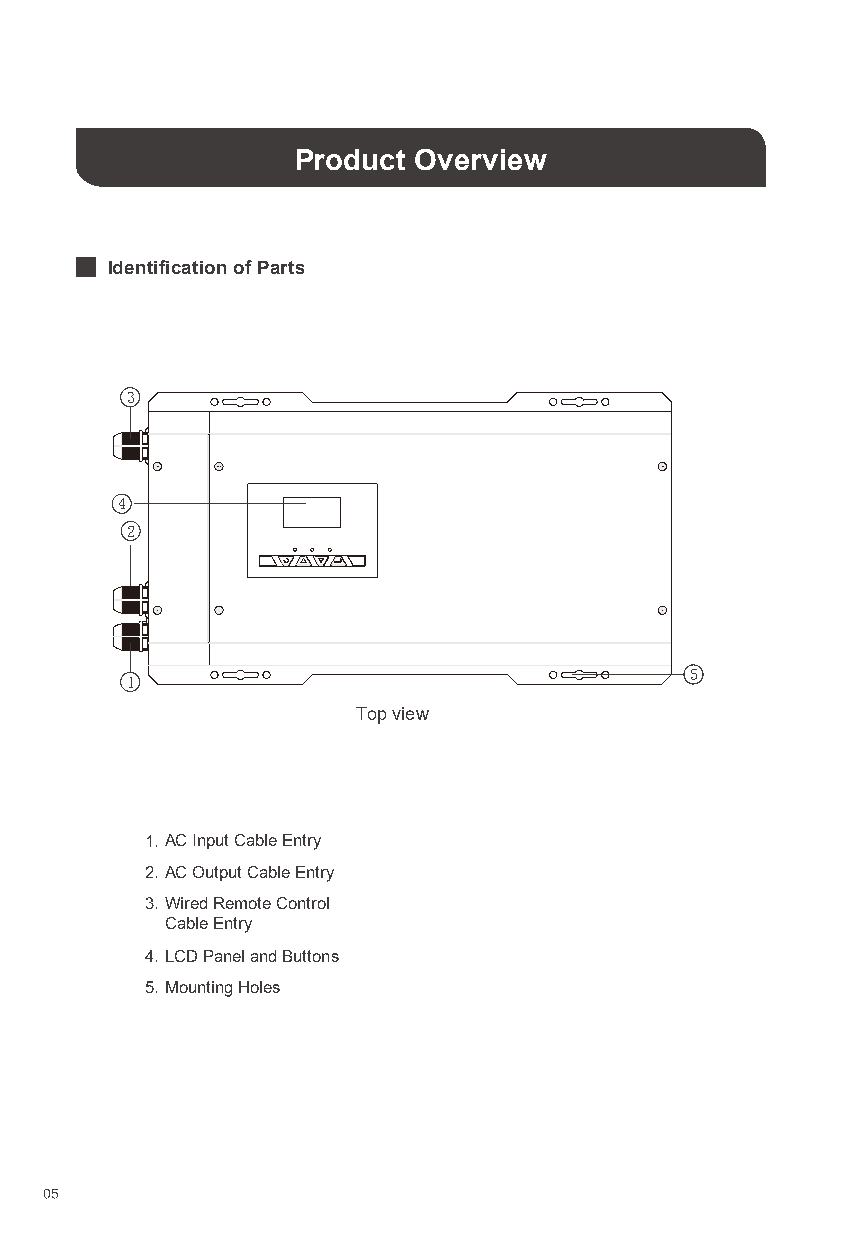
Product Overview
 Identification of Parts
 3
 4
 2
 5
 1
 Top view
 1. AC Input Cable Entry
 2. AC Output Cable Entry
 3. Wired Remote Control
 Cable Entry
 4. LCD Panel and Buttons
 5. Mounting Holes
 05